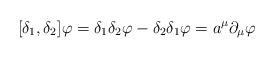
LaTeX: \begin{align*}[ \delta_{1}, \delta_{2} ] \varphi = \delta_{1} \delta_{2}\varphi - \delta_{2} \delta_{1} \varphi = a^{\mu}\partial_{\mu} \varphi\end{align*}